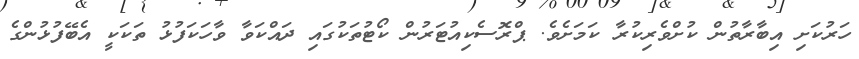
ހަރުކަށި އިބާރާތުން ކުށްވެރިކުރާ ކަމަށެވެ. ޕްރޮސެކިއުޓަރުން ކޯޓުތަކުގައި ދައްކަވާ ވާހަކަފުޅު ތަކަކީ އެބޭފުޅުންގެ